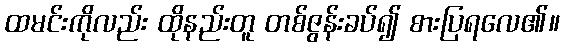
ထမင်းကိုလည်း ထိုနည်းတူ တစ်ဇွန်းခပ်၍ စားပြရလေ၏။